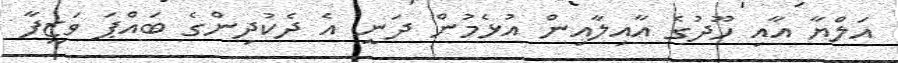
އަލްޔާ އާއި ހޫދުގެ އާއިލާއިން އުޅެމުން ދަނީ އެ ދެކުދިންގެ ބައްޕަ ވަޒީފާ